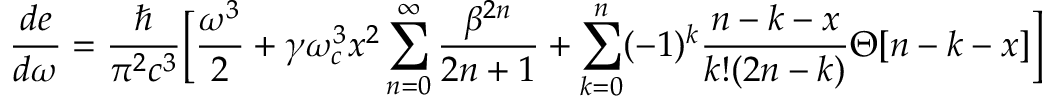
\frac { d e } { d \omega } = \frac { \hbar } { \pi ^ { 2 } c ^ { 3 } } \Big [ \frac { \omega ^ { 3 } } { 2 } + \gamma \omega _ { c } ^ { 3 } x ^ { 2 } \sum _ { n = 0 } ^ { \infty } \frac { \beta ^ { 2 n } } { 2 n + 1 } + \sum _ { k = 0 } ^ { n } ( - 1 ) ^ { k } \frac { n - k - x } { k ! ( 2 n - k ) } \Theta [ n - k - x ] \Big ]